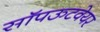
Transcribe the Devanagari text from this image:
सॉपऊटवेयर